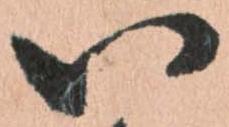
以